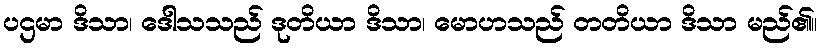
ပဌမာ ဒိသာ၊ ဒေါသသည် ဒုတိယာ ဒိသာ၊ မောဟသည် တတိယာ ဒိသာ မည်၏။